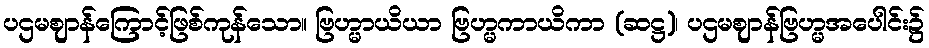
ပဌမဈာန်ကြောင့်ဖြစ်ကုန်သော။ ဗြဟ္မာယိယာ ဗြဟ္မကာယိကာ (ဆဋ္ဌ)၊ ပဌမဈာန်ဗြဟ္မအပေါင်း၌